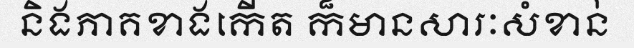
និងភាគខាងកើត ក៏មានសារៈសំខាន់